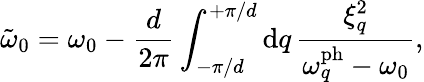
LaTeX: \tilde{\omega}_{0}=\omega_{0}-\frac{d}{2\pi}\int_{-\pi/d}^{+\pi/d}\mathrm{d}q\, \frac{\xi_{q}^{2}}{\omega_{q}^{\mathrm{ph}}-\omega_{0}},